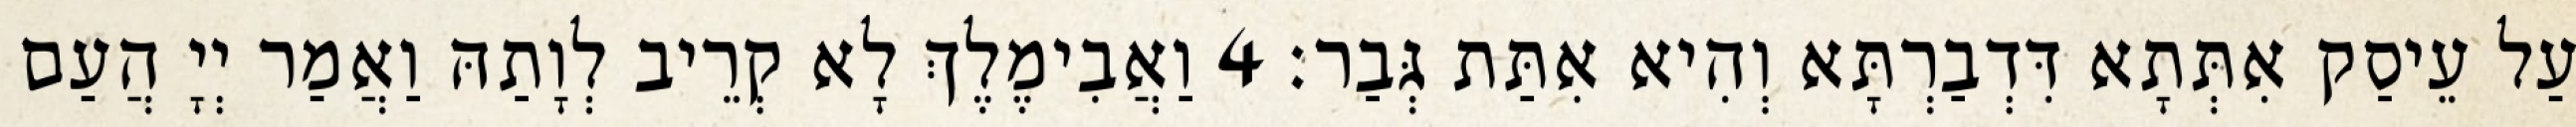
עַל עֵיסַק אִתְּתָא דִּדְבַרְתָּא וְהִיא אִתַּת גְּבַר׃ 4 וַאֲבִימֶלֶךְ לָא קְרֵיב לְוָתַהּ וַאֲמַר יְיָ הֲעַם